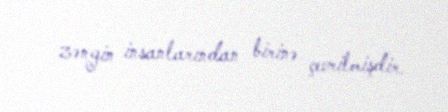
zəngin insanlarından birinə çevrilmişdir.